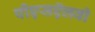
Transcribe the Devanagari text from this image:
पीएसऍलवी